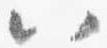
八